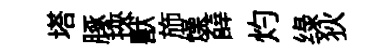
塔䐁挾獸斾燥薛灼绿狄